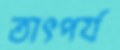
তাৎপর্য